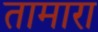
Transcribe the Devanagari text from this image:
तामारा